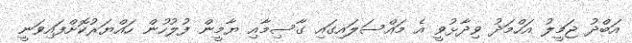
އަބްދު ޖަމީލު އަހްމަދު ވިދާޅުވީ އެ މައްސަލައިގައި ގާސިމާއި ޔާމީން ފުލުހުން ހައްޔަރުކޮށްފައިވަނީ